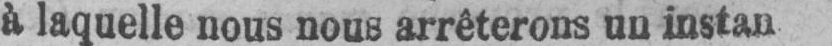
à laquelle nous nous arrêterons un instan